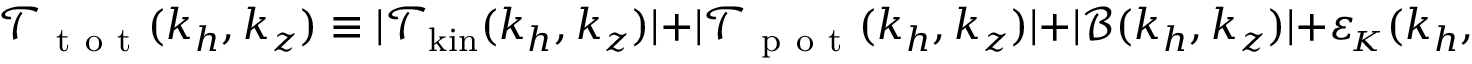
\mathcal { T } _ { \mathrm { ~ t ~ o ~ t ~ } } ( k _ { h } , k _ { z } ) \equiv | \mathcal { T } _ { \mathrm { k i n } } ( k _ { h } , k _ { z } ) | + | \mathcal { T } _ { \mathrm { ~ p ~ o ~ t ~ } } ( k _ { h } , k _ { z } ) | + | \mathcal { B } ( k _ { h } , k _ { z } ) | + { \varepsilon _ { \! \scriptscriptstyle K } } ( k _ { h } , k _ { z } ) + { \varepsilon _ { \! \scriptscriptstyle P } } ( k _ { h } , k _ { z } ) .